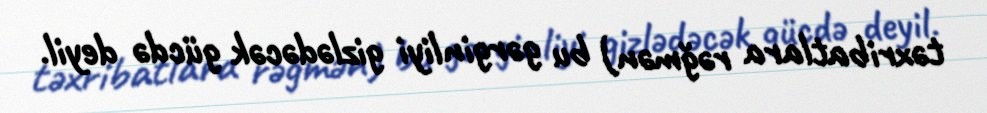
təxribatlara rəğmən) bu gərginliyi gizlədəcək gücdə deyil.